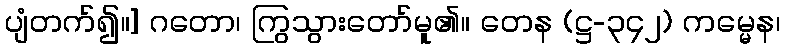
ပျံတက်၍။] ဂတော၊ ကြွသွားတော်မူ၏။ တေန (ဋ္ဌ-၃၄၂) ကမ္မေန၊